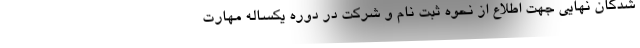
شدگان نهایی جهت اطلاع از نحوه ثبت نام و شرکت در دوره یکساله مهارت